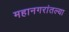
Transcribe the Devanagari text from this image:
महानगरांतल्या